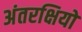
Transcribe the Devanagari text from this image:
अंतरक्षियों